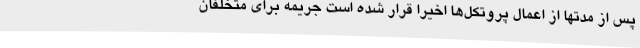
پس از مدتها از اعمال پروتکل‌ها اخیرا قرار شده است جریمه برای متخلفان